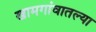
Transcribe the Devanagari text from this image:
खामगांवातल्या